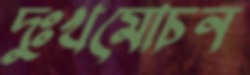
দুঃখমোচন